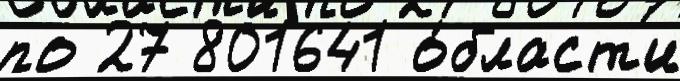
по 27 801641 о́бласт'и